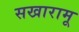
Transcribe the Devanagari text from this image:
सखारामू